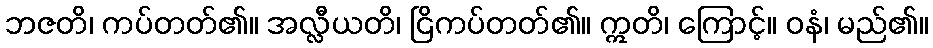
ဘဇတိ၊ ကပ်တတ်၏။ အလ္လီယတိ၊ ငြိကပ်တတ်၏။ ဣတိ၊ ကြောင့်။ ဝနံ၊ မည်၏။